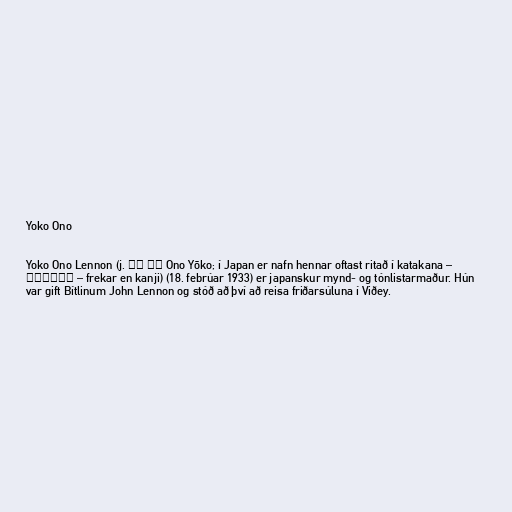
Yoko Ono

Yoko Ono Lennon (j. 小野 洋子 Ono Yōko; í Japan er nafn hennar oftast ritað í katakana –
オノ・ヨーコ – frekar en kanji) (18. febrúar 1933) er japanskur mynd- og tónlistarmaður. Hún
var gift Bítlinum John Lennon og stóð að því að reisa friðarsúluna í Viðey.